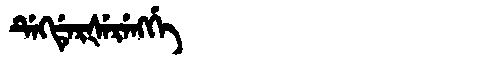
Manchu: ᡩᡝᡴᡩᡝᡵᡧᡝᡵᡝᠩᡤᡝ
Romanization: DEKDERŠERENGGE